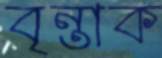
বৃন্তাক